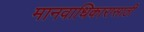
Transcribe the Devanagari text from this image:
मानवाधिकारासाठी